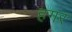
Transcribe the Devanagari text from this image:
हगर